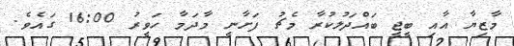
މާޒިޔާ އާއި ބީޖީ ބައްދަލުކުރާ މެޗު ފަށާނީ މާދަމާ ހަވީރު 16:00 ގައެވެ.